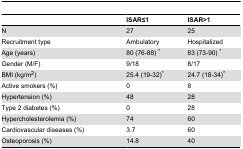
|  | ISAR≤1 | ISAR>1 |
 | --- | --- | --- |
 | N | 27 | 25 |
 | Recruitment type | Ambulatory | Hospitalized |
 | Age (years) | 80 (76-88) * | 83 (73-90) * |
 | Gender (M/F) | 9/18 | 8/17 |
 | BMI (kg/m2) | 25.4 (19-32)* | 24.7 (18-34)* |
 | Active smokers (%) | 0 | 8 |
 | Hypertension (%) | 48 | 28 |
 | Type 2 diabetes (%) | 0 | 28 |
 | Hypercholesterolemia (%) | 74 | 60 |
 | Cardiovascular diseases (%) | 3.7 | 60 |
 | Osteoporosis (%) | 14.8 | 40 |